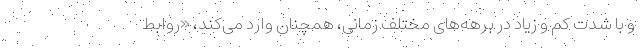
و با شدت کم و زیاد در برهه‌های مختلف زمانی، همچنان وارد می‌کند، «روابط